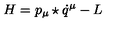
H = p _ { \mu } \star \dot { q } ^ { \mu } - L